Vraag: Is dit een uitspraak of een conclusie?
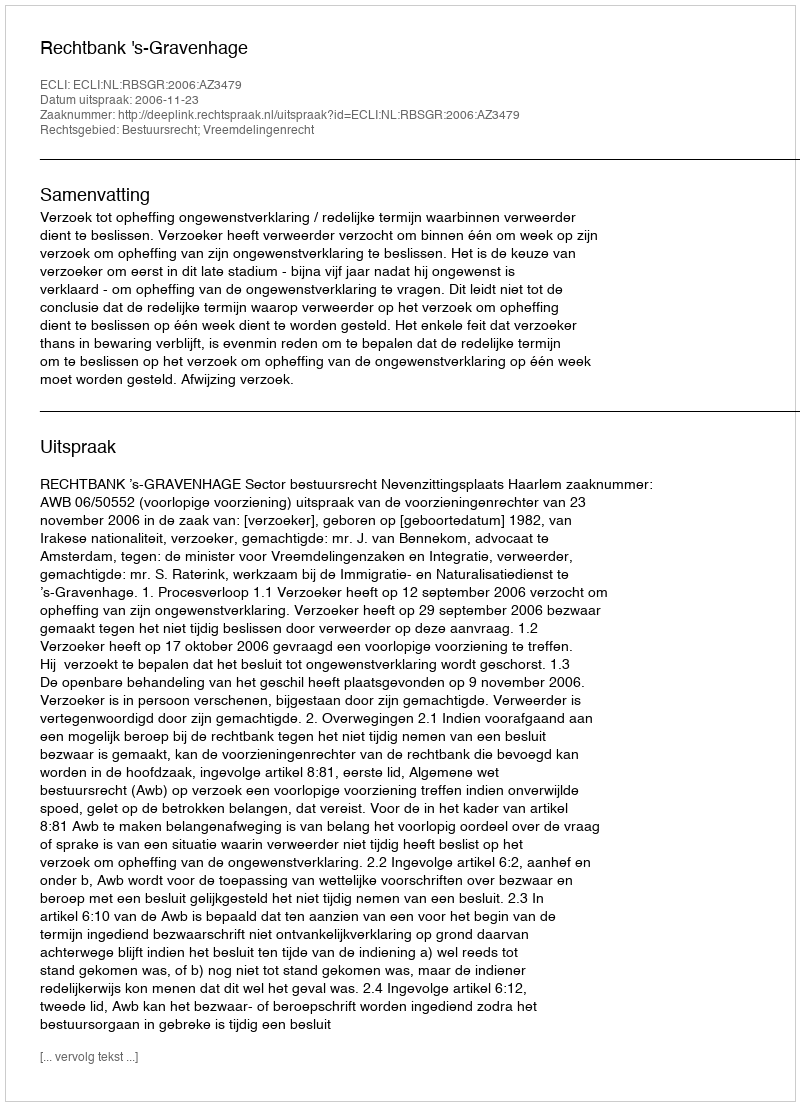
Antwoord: Uitspraak